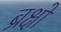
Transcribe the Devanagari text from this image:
ब्रक्षों